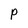
Character: p